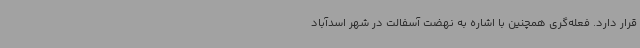
قرار دارد. فعله‌گری همچنین با اشاره به نهضت آسفالت در شهر اسدآباد